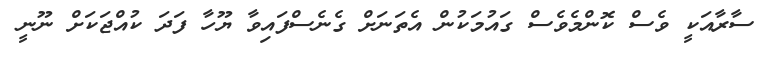
ސާރާއަކީ ވެސް ކޮންމެވެސް ގައުމަކުން އެތަނަށް ގެނެސްފައިވާ ޔޫހާ ފަދަ ކުއްޖަކަށް ނޫނީ